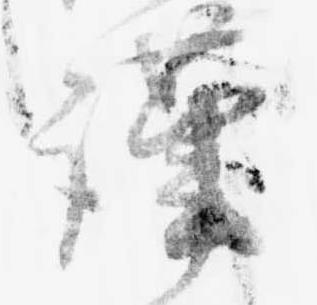
謹